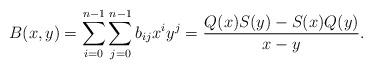
LaTeX: \begin{align*}B(x,y)=\sum_{i=0}^{n-1}\sum_{j=0}^{n-1} b_{ij}x^iy^j=\frac{Q(x)S(y)-S(x)Q(y)}{x-y}.\end{align*}